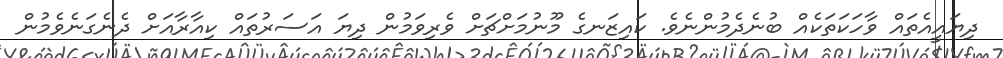
ދިޔައީއެތައް ވާހަކަތަކެއް ބުނެދެމުންނެވެ. ކައިޒަނގެ މޫނުމަށްޗަށް ވެރިވަމުން ދިޔަ އަސަރުތައް ކިއާރާއަށް ދެނެގަނެވެމުން